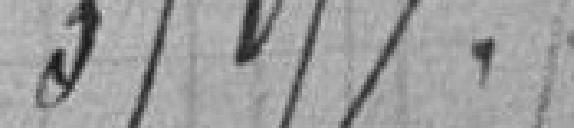
35 057